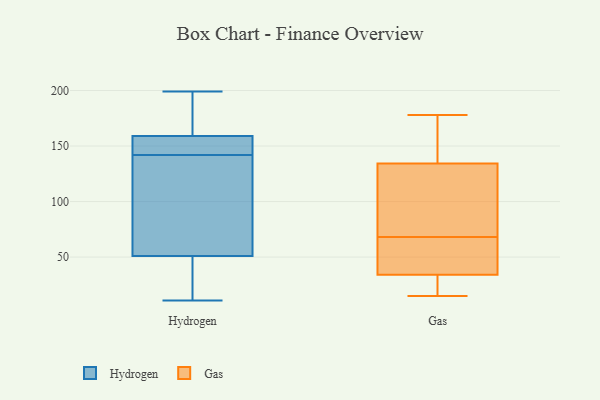
{"axis": {"x": "Satisfaction Score", "y": "Value"}, "legend": ["Gas", "Hydrogen"], "data": [{"x": "", "y": 77, "type": "Hydrogen"}, {"x": "", "y": 89, "type": "Hydrogen"}, {"x": "", "y": 187, "type": "Hydrogen"}, {"x": "", "y": 159, "type": "Hydrogen"}, {"x": "", "y": 38, "type": "Hydrogen"}, {"x": "", "y": 196, "type": "Hydrogen"}, {"x": "", "y": 107, "type": "Hydrogen"}, {"x": "", "y": 199, "type": "Hydrogen"}, {"x": "", "y": 151, "type": "Hydrogen"}, {"x": "", "y": 135, "type": "Hydrogen"}, {"x": "", "y": 51, "type": "Hydrogen"}, {"x": "", "y": 180, "type": "Hydrogen"}, {"x": "", "y": 11, "type": "Hydrogen"}, {"x": "", "y": 28, "type": "Hydrogen"}, {"x": "", "y": 152, "type": "Hydrogen"}, {"x": "", "y": 149, "type": "Hydrogen"}, {"x": "", "y": 40, "type": "Hydrogen"}, {"x": "", "y": 157, "type": "Hydrogen"}, {"x": "", "y": 147, "type": "Gas"}, {"x": "", "y": 178, "type": "Gas"}, {"x": "", "y": 48, "type": "Gas"}, {"x": "", "y": 15, "type": "Gas"}, {"x": "", "y": 134, "type": "Gas"}, {"x": "", "y": 37, "type": "Gas"}, {"x": "", "y": 68, "type": "Gas"}, {"x": "", "y": 28, "type": "Gas"}, {"x": "", "y": 135, "type": "Gas"}, {"x": "", "y": 119, "type": "Gas"}, {"x": "", "y": 24, "type": "Gas"}, {"x": "", "y": 36, "type": "Gas"}, {"x": "", "y": 103, "type": "Gas"}]}